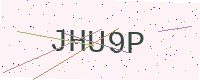
Text: JHU9P